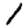
Digit: 1